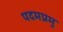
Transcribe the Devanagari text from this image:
पदमप्रमु